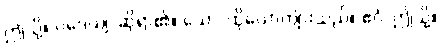
ဤသို့။ ဝဒေယျ၊ ဆိုရာ၏။ သော၊ ထိုယောကျ်ားသည်။ ဧဝံ၊ ဤသို့။